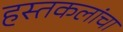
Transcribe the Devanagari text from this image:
हस्तकलांचा